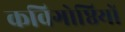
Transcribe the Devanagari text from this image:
कविगोष्ठियों